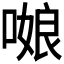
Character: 𭉻